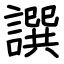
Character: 譔